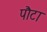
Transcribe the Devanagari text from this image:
पौटा